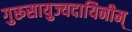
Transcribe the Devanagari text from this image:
गुरूसायुज्यदायिनीम्